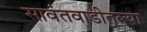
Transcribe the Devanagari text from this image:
सावंतवाडीतल्या